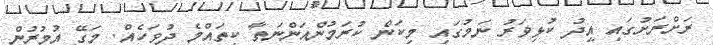
ރަށްރަށުގައި އީދު ކުޅިވަރު ނަމުގައި މިކަން ކުރަމުންއަންނަތާ ކިތައްމެ ދުވަހެއް. މަގޭ އުުުމުރުން